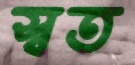
স্বত